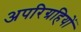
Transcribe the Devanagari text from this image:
अपरिग्रहियों